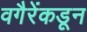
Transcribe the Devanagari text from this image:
वगैरेंकडून